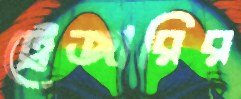
ট্রেজারির